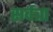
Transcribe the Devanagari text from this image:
सर्वत्रा